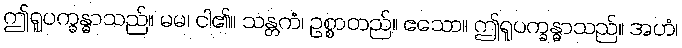
ဤရူပက္ခန္ဓာသည်။ မမ၊ ငါ၏။ သန္တကံ၊ ဥစ္စာတည်။ ဧသော။ ဤရူပက္ခန္ဓာသည်။ အဟံ၊